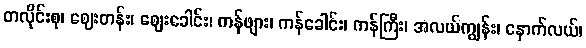
တလိုင်းစု၊ ဈေးတန်း၊ ဈေးခေါင်း၊ ကန်ဖျား၊ ကန်ခေါင်း၊ ကန်ကြီး၊ အလယ်ကျွန်း၊ နောက်လယ်၊